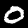
Digit: 0